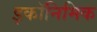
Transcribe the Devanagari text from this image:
इकॉनिमिक